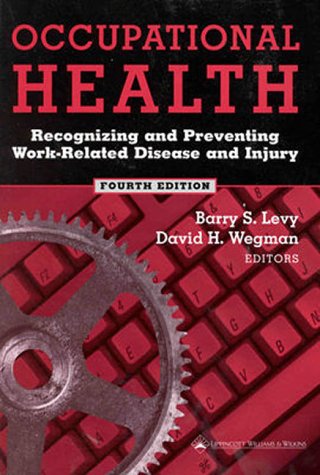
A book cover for Occupational Health: Recognizing and Preventing Work-Related Disease and Injury; Levy; Medical Books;